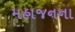
મહાજનના